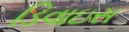
ડિવાઇસ